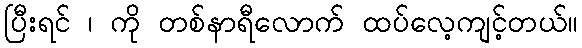
ပြီးရင် ၊ ကို တစ်နာရီလောက် ထပ်လေ့ကျင့်တယ်။